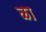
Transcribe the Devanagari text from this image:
ळा